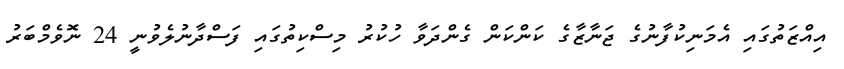
އިއްޒަތުގައި އެމަނިކުފާނުގެ ޖަނާޒާގެ ކަންކަން ގެންދަވާ ހުކުރު މިސްކިތުގައި ފަސްދާނުލެވުނީ 24 ނޮވެމްބަރު